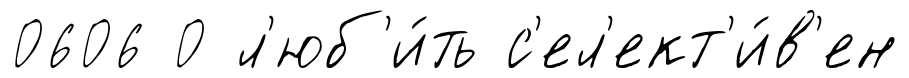
0606 0 л'юб'и́ть с'ел'ект'и́в'ен